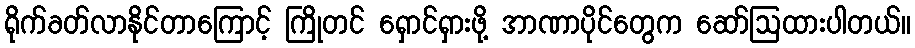
ရိုက်ခတ်လာနိုင်တာကြောင့် ကြိုတင် ရှောင်ရှားဖို့ အာဏာပိုင်တွေက ဆော်ဩထားပါတယ်။